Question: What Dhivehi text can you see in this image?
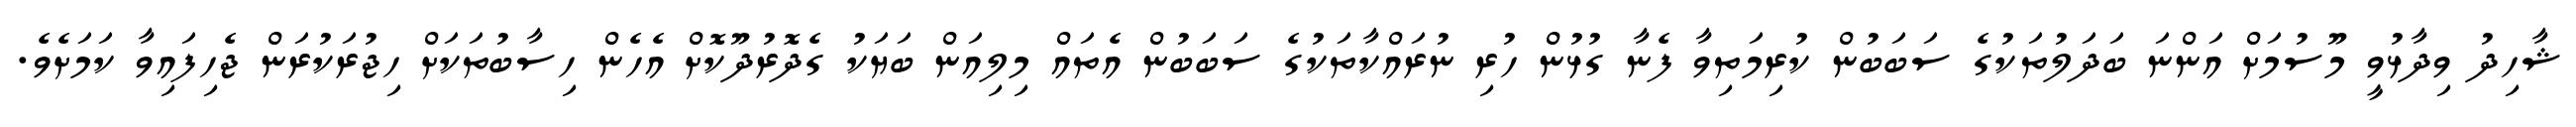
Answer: ޝާހިދު ވިދާޅުވީ މޫސުމަށް އަންނަ ބަދަލުތަކުގެ ސަބަބުން ކުރިމަތިވާ ފެނާ ގުޅުން ހުރި ނުރައްކާތަކުގެ ސަބަބުން އެތައް މިލިއަން ބަޔަކު ގެދޮރުދޫކޮށް އެހެން ހިސާބުތަކަށް ހިޖުރަކުރަން ޖެހިފައިވާ ކަމަށެވެ.